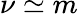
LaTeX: \nu\simeq m